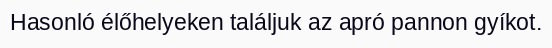
Hasonló élőhelyeken találjuk az apró pannon gyíkot.